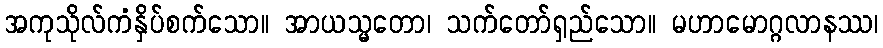
အကုသိုလ်ကံနှိပ်စက်သော။ အာယသ္မတော၊ သက်တော်ရှည်သော။ မဟာမောဂ္ဂလာနဿ၊